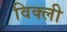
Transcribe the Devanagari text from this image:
विक्ली